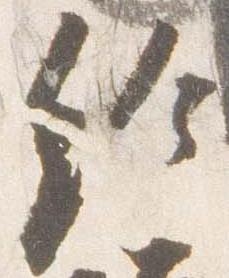
給